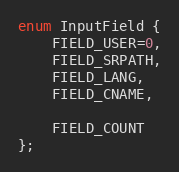
Language: C
enum InputField {
    FIELD_USER=0,
    FIELD_SRPATH,
    FIELD_LANG,
    FIELD_CNAME,

    FIELD_COUNT
};